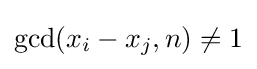
\gcd(x_{i}-x_{j},n)\neq 1